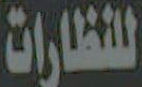
للنظارات